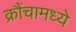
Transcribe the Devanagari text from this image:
क्रौंचामध्ये